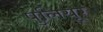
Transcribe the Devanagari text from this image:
पुलियूर